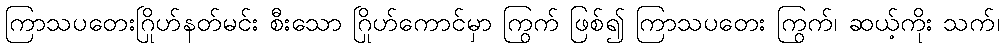
ကြာသပတေးဂြိုဟ်နတ်မင်း စီးသော ဂြိုဟ်ကောင်မှာ ကြွက် ဖြစ်၍ ကြာသပတေး ကြွက်၊ ဆယ့်ကိုး သက်၊